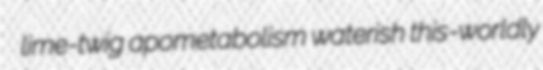
lime-twig apometabolism waterish this-worldly